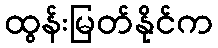
ထွန်းမြတ်နိုင်က